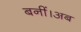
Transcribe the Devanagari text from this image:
बनीं।अब